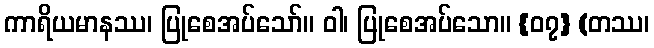
ကာရိယမာနဿ၊ ပြုစေအပ်သော်။ ဝါ၊ ပြုစေအပ်သော။ {၀၇} (တဿ၊